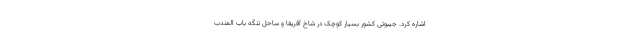
اشاره کرد. جیبوتی کشور بسیار کوچک در شاخ آفریقا و ساحل تنگه باب المندب